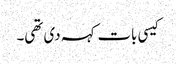
کیسی بات کہہ دی تھی۔